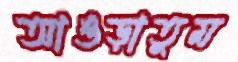
আওড়াতুম